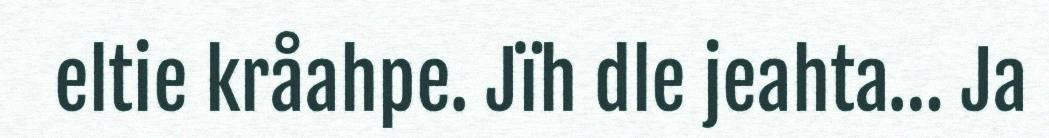
eltie kråahpe. Jïh dle jeahta… Ja